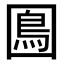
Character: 𡈙